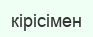
кірісімен